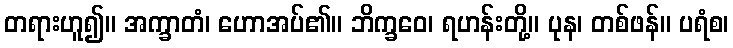
တရားဟူ၍။ အက္ခာတံ၊ ဟောအပ်၏။ ဘိက္ခဝေ၊ ရဟန်းတို့။ ပုန၊ တစ်ဖန်။ ပရံစ၊